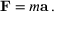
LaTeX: \mathbf { F } = m \mathbf { a } \, .